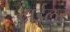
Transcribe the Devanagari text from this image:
टाईलर